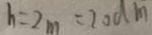
h = 2 m = 2 0 d m